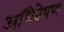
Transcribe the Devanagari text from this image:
अधिवेषण